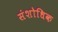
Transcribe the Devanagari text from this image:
संशोधिक